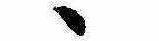
ゝ